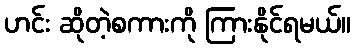
ဟင်း ဆိုတဲ့စကားကို ကြားနိုင်ရမယ်။